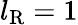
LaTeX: l_{\mathrm{R}}=1